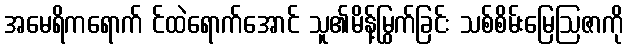
အမေရိကရောက် င်ထဲရောက်အောင် သူ၏မိန့်မြွက်ခြင်း သစ်စိမ်းမြေဩဇာကို